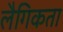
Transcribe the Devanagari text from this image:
लैगिकता